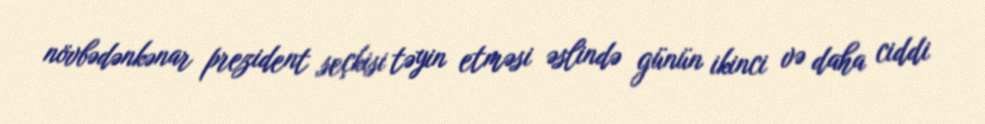
növbədənkənar prezident seçkisi təyin etməsi əslində günün ikinci və daha ciddi